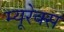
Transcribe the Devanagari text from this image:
म्यूरेक्स